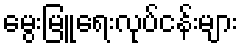
မွေးမြူရေးလုပ်ငန်းများ